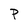
Character: P